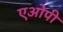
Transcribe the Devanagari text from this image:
एओपी